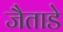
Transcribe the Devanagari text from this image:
जैताडे